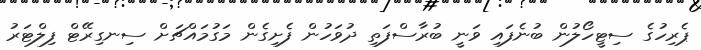
ޕެރިހުގެ ސިޓީހޯލުން ބުނެފައި ވަނީ ބުރާސްފަތި ދުވަހުން ފެށިގެން މަގުމައްޗަށް ސިނގިރޭޓް ފިލްޓަރު